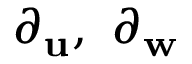
\partial _ { \mathbf { u } } , \ \partial _ { \mathbf { w } }